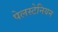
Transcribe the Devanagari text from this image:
पेलस्टेनियन